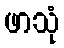
ဖာသုံ